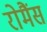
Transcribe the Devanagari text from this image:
रोमैंस